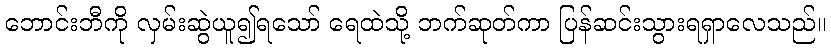
ဘောင်းဘီကို လှမ်းဆွဲယူ၍ရသော် ရေထဲသို့ ဘက်ဆုတ်ကာ ပြန်ဆင်းသွားရရှာလေသည်။